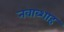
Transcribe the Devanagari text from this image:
नवाब्शाह